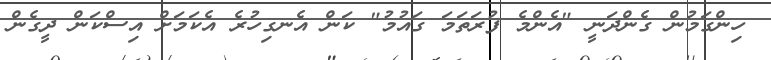
ހިންގަމުން ގެންދަނީ "އެންމެ ފުރަތަމަ ގައުމު" ކަން އެނގިހުރެ އެކަމަށް އިސްކަން ދީގެން